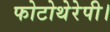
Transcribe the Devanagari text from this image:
फोटोथेरेपी।